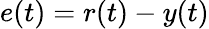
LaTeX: e(t)=r(t)-y(t)